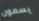
يسمون